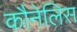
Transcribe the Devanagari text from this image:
कौनेलिस